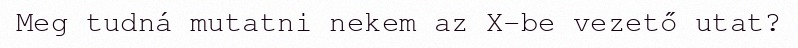
Meg tudná mutatni nekem az X-be vezető utat?